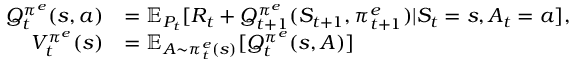
\begin{array} { r l } { Q _ { t } ^ { \pi ^ { e } } ( s , a ) } & { = \textstyle \mathbb { E } _ { P _ { t } } [ R _ { t } + Q _ { t + 1 } ^ { \pi ^ { e } } ( S _ { t + 1 } , \pi _ { t + 1 } ^ { e } ) | S _ { t } = s , A _ { t } = a ] , } \\ { V _ { t } ^ { \pi ^ { e } } ( s ) } & { = \mathbb { E } _ { A \sim \pi _ { t } ^ { e } ( s ) } [ Q _ { t } ^ { \pi ^ { e } } ( s , A ) ] } \end{array}